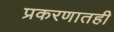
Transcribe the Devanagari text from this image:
प्रकरणातही